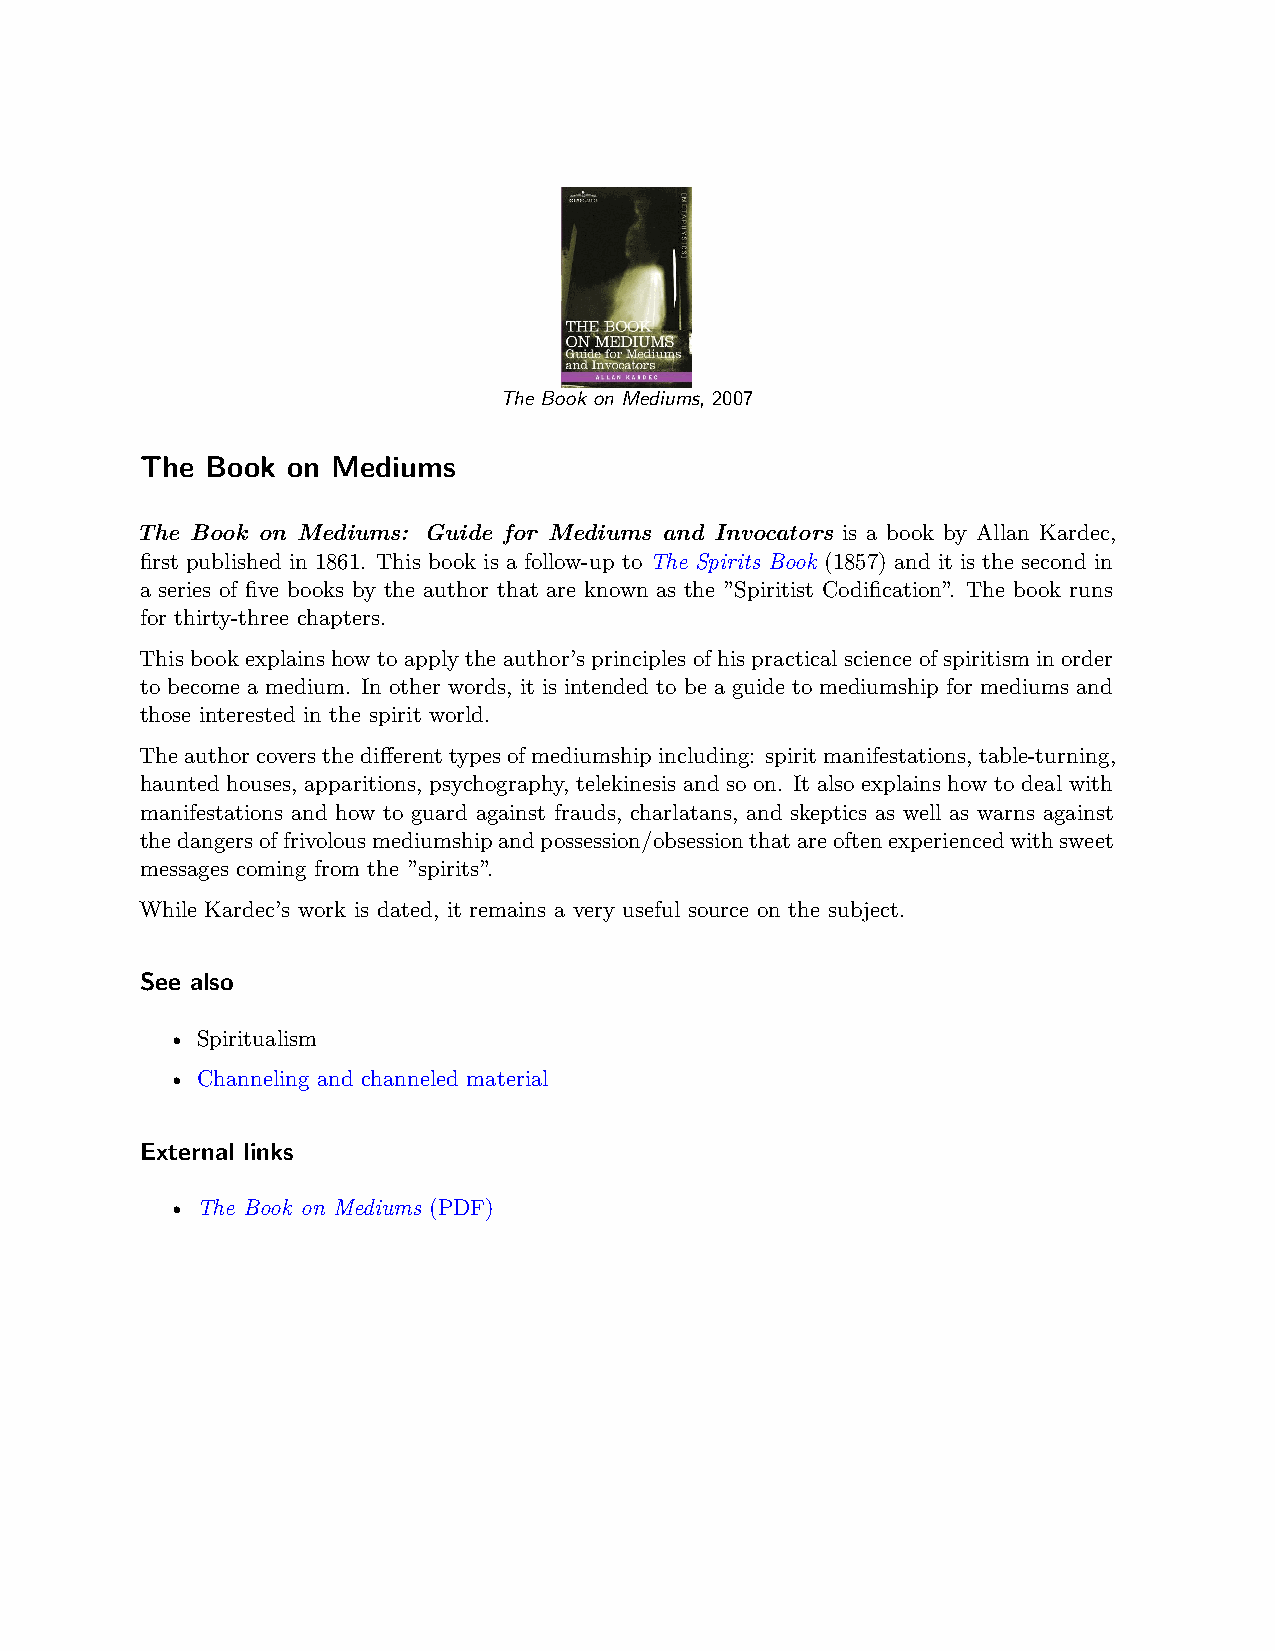
The Book on Mediums, 2007
 The  Book on Mediums
 The Book on Mediums: Guide for Mediums and Invocators is a book by Allan Kardec,
 first published in 1861. This book is a follow-up to The Spirits Book (1857) and it is the second in
 a series of five books by the author that are known as the ”Spiritist Codification”. The book runs
 for thirty-three chapters.
 This book explains how to apply the author’s principles of his practical science of spiritism in order
 to become a medium. In other words, it is intended to be a guide to mediumship for mediums and
 those interested in the spirit world.
 Theauthorcoversthedifferenttypesofmediumshipincluding: spiritmanifestations, table-turning,
 haunted houses, apparitions, psychography, telekinesis and so on. It also explains how to deal with
 manifestations and how to guard against frauds, charlatans, and skeptics as well as warns against
 thedangersoffrivolousmediumshipandpossession/obsessionthatareoftenexperiencedwithsweet
 messages coming from the ”spirits”.
 While Kardec’s work is dated, it remains a very useful source on the subject.
 See also
 • Spiritualism
 • Channeling and channeled material
 External links
 • The Book on Mediums (PDF)